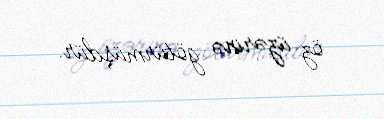
öz üzərinə götürmüşdür.